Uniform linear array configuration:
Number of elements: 48
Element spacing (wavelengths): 0.75
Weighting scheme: exponential
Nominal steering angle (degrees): -15
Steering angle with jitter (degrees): -15.543
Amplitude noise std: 0.05
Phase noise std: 0.05

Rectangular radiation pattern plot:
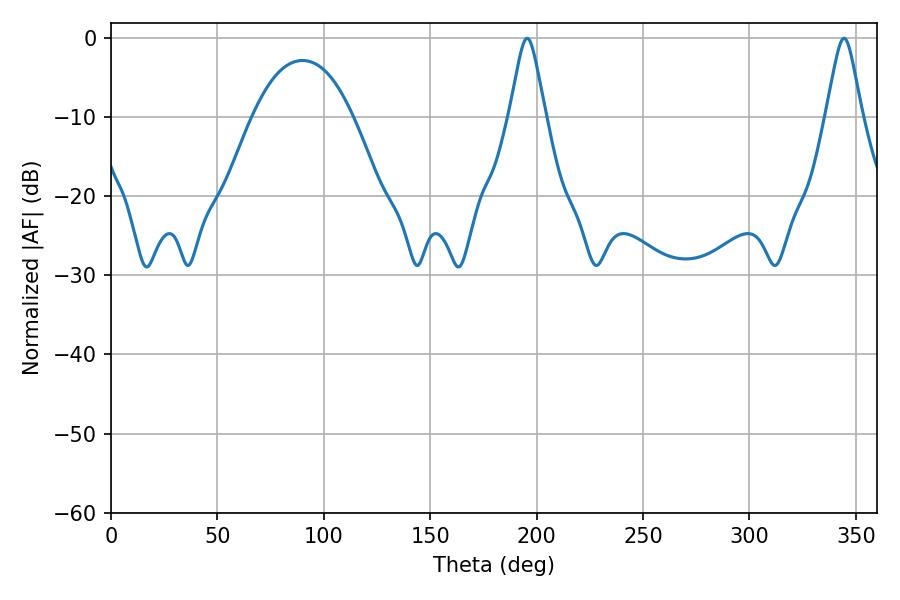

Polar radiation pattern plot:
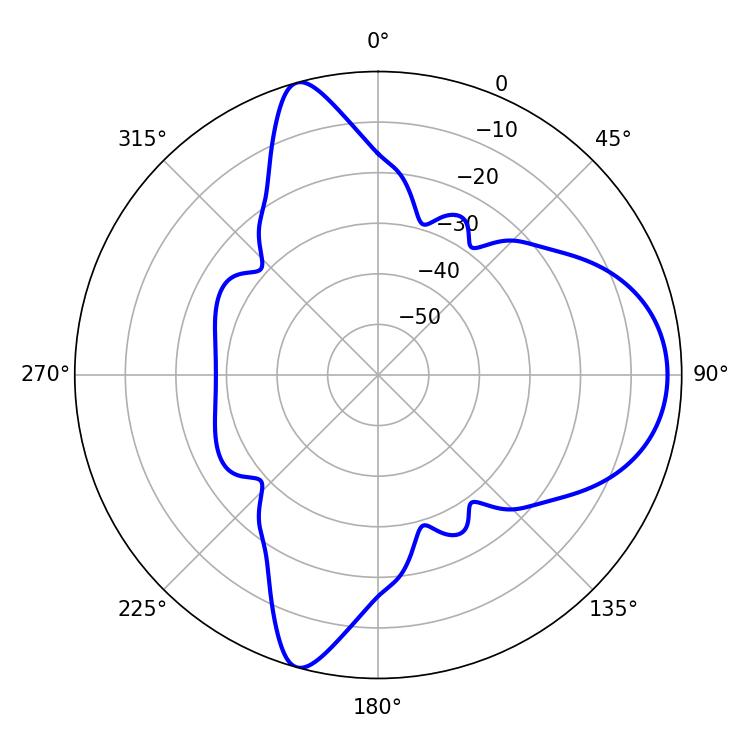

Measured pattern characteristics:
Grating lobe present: TRUE
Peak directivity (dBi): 9.889
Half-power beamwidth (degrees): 8.1
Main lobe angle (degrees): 344.52